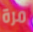
مرة